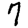
Digit: 7